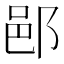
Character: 𨛗